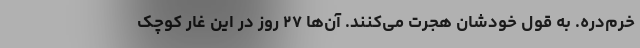
خرم‌دره. به قول خودشان هجرت می‌کنند. آن‌ها ۲۷ روز در این غار کوچک